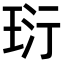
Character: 𤤾